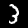
Digit: 3